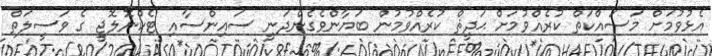
އެޅުވުމަށް މަސައްކަތް ކުރެއްވުމަށް ޙަދީޘް ކުރެއްވުމުން ބަޔާންވެގެންދަނީ ސައިންސާއި ޓެކްނޮލޮޖީ ގެ ވަސީލަތް